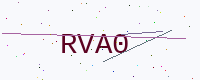
Text: RVA0